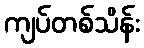
ကျပ်တစ်သိန်း